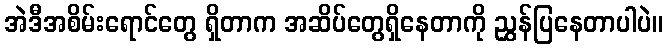
အဲဒီအစိမ်းရောင်တွေ ရှိတာက အဆိပ်တွေရှိနေတာကို ညွှန်ပြနေတာပါပဲ။